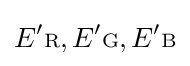
E'{\scriptstyle {\text{R}}},E'{\scriptstyle {\text{G}}},E'{\scriptstyle {\text{B}}}